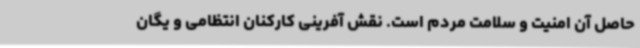
حاصل آن امنیت و سلامت مردم است. نقش آفرینی کارکنان انتظامی و یگان